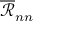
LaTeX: \textstyle { \overline { { \mathcal { R } } } } _ { n n }